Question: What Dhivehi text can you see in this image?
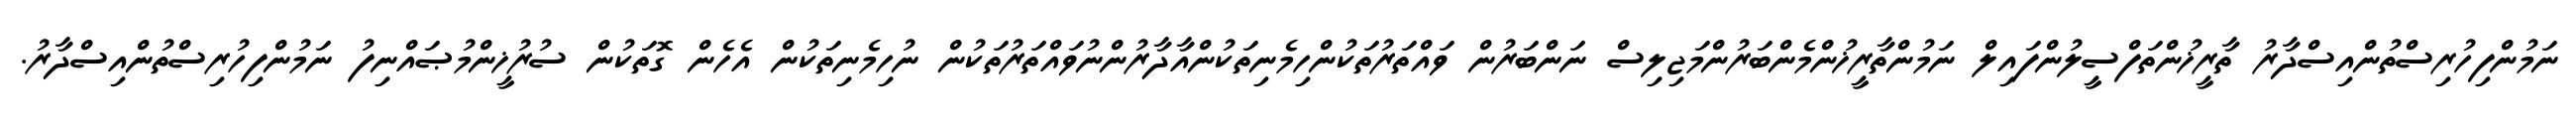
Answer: ނަމުންފިހުރިސްތުންއިސްދާރު ތާރީޚުންތަފްސީލުންފައިލް ނަމުންތާރީޚުންމެންބަރުންމަޖިލިސް ނަންބަރުން ވައްތަރުތަކުންހިމެނިތަކުންއާދާރުންނުވައްތަރުތަކުން ނުހިމެނިތަކުން އެހެން ގޮތަކުން ސުރުޚީންމުޞައްނިފު ނަމުންފިހުރިސްތުންއިސްދާރު.